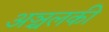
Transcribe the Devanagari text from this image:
अञ्चलकी